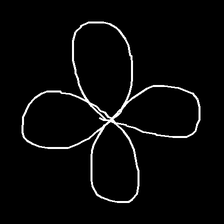
Glyph: billowing